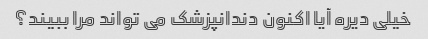
خیلی دیره آیا اکنون دندانپزشک می تواند مرا ببیند؟